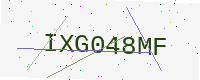
Text: IXG048MF